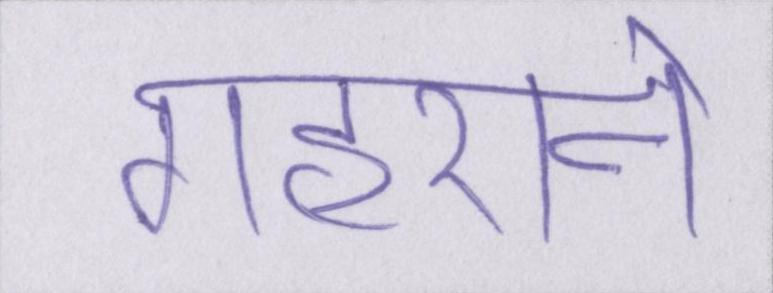
गहराने